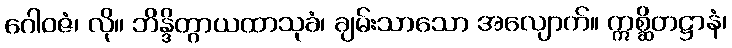
ဂေါဝဇံ၊ လို။ ဘိန္ဒိတွာယထာသုခံ၊ ချမ်းသာသော အလျောက်။ ဣစ္ဆိတဋ္ဌာနံ၊